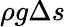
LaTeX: \rho g\Delta s